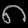
Digit: ၈